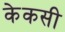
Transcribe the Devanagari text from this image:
केकसी